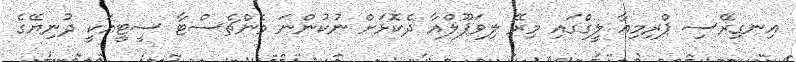
އިނގިރޭސި ޕްރިމިއާ ލީގްގައި މިރޭ ލިވަޕޫލްއާ ދެކޮޅަށް ނުކުންނަ މެންޗެސްޓާ ސީޓީއަކީ ދުނިޔޭގެ